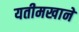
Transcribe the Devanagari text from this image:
यतीमखाने